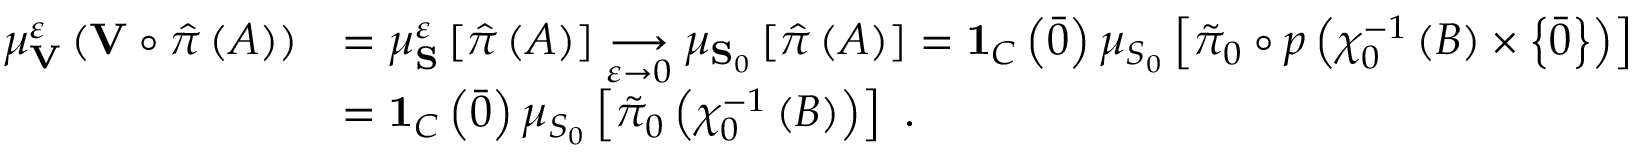
\begin{array} { r l } { \mu _ { \mathbf { V } } ^ { \varepsilon } \left( \mathbf { V } \circ \hat { \pi } \left( A \right) \right) } & { = \mu _ { \mathbf { S } } ^ { \varepsilon } \left[ \hat { \pi } \left( A \right) \right] \underset { \varepsilon \rightarrow 0 } { \longrightarrow } \mu _ { \mathbf { S } _ { 0 } } \left[ \hat { \pi } \left( A \right) \right] = \mathbf { 1 } _ { C } \left( \bar { 0 } \right) \mu _ { S _ { 0 } } \left[ \tilde { \pi } _ { 0 } \circ p \left( \chi _ { 0 } ^ { - 1 } \left( B \right) \times \left\{ \bar { 0 } \right\} \right) \right] } \\ & { = \mathbf { 1 } _ { C } \left( \bar { 0 } \right) \mu _ { S _ { 0 } } \left[ \tilde { \pi } _ { 0 } \left( \chi _ { 0 } ^ { - 1 } \left( B \right) \right) \right] \ . } \end{array}